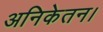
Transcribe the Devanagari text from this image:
अनिकेतन।